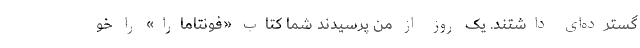
گسترده‌ای داشتند. یک روز از من پرسیدند شما کتاب «فونتامارا» را خو